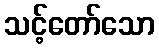
သင့်တော်သော